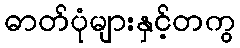
ဓာတ်ပုံများနှင့်တကွ